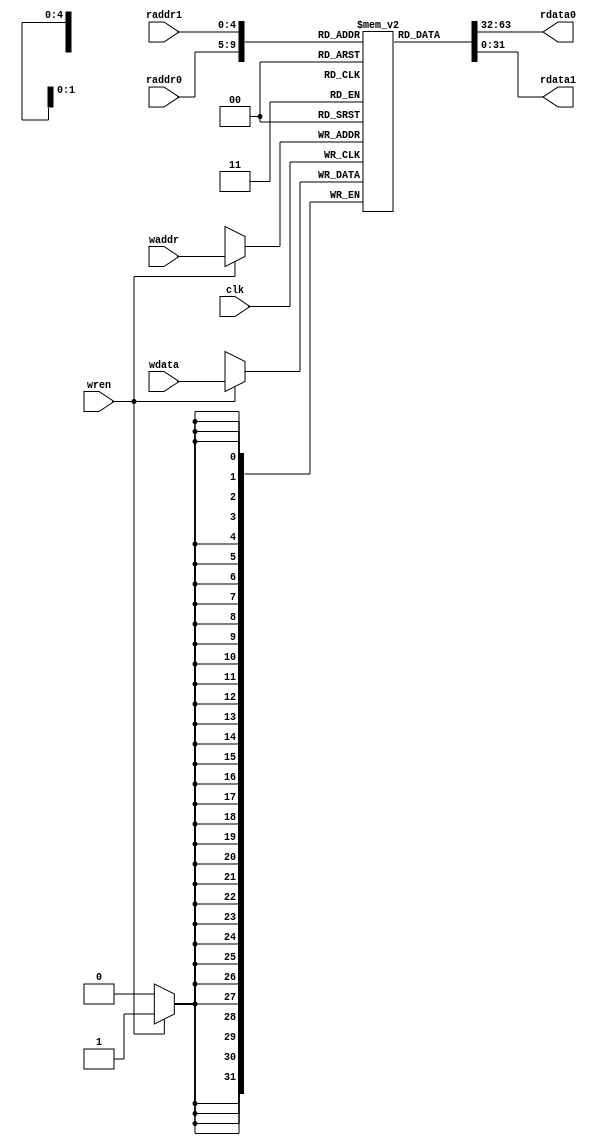
`timescale 1ns / 1ps
///////////////////////////////////////////////////////////////////////////////////////////////////////////////////////
//					
// Module Name:  register_file.v 
// Description: Dual port memory that contains the contents of our registers
//
///////////////////////////////////////////////////////////////////////////////////////////////////////////////////////

module register_file
(
	clk,	//clock
	raddr0,
	rdata0,
	raddr1,
	rdata1,
	waddr,
	wdata,
	wren
);

    //--------------------------
	// Parameters
	//--------------------------	
	
    //--------------------------
	// Input Ports
	//--------------------------
	// < Enter Input Ports  >
	input					clk;
    input 		[4:0]		raddr0;
	input 		[4:0]		raddr1;
	input 		[4:0]		waddr;
	input		[31:0]		wdata;
	input 					wren;
	
    //--------------------------
    // Output Ports
    //--------------------------
    // < Enter Output Ports  >	
    output 		[31:0] 	rdata0;
	output		[31:0]	rdata1;
		
    //--------------------------
    // Bidirectional Ports
    //--------------------------
    // < Enter Bidirectional Ports in Alphabetical Order >
    // None
      
    ///////////////////////////////////////////////////////////////////
    // Begin Design
    ///////////////////////////////////////////////////////////////////
    //-------------------------------------------------
    // Signal Declarations: local params
    //-------------------------------------------------
   
    //-------------------------------------------------
    // Signal Declarations: reg
    //-------------------------------------------------    
    reg	[31:0] reg_file	[31:0];
	
    //-------------------------------------------------
    // Signal Declarations: wire
    //-------------------------------------------------
		
	//---------------------------------------------------------------
	// Instantiations
	//---------------------------------------------------------------
	// None

	//---------------------------------------------------------------
	// Combinatorial Logic
	//---------------------------------------------------------------
	assign rdata0 = reg_file[raddr0];
	assign rdata1 = reg_file[raddr1];
	
	//---------------------------------------------------------------
	// Sequential Logic
	//---------------------------------------------------------------
    always @(posedge clk)
	begin
		if (wren)
			reg_file[waddr] <= wdata;
	end
	
 endmodule